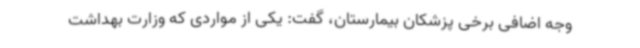
وجه اضافی برخی پزشکان بیمارستان، گفت: یکی از مواردی که وزارت بهداشت